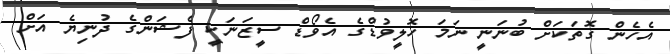
އެހެން ގޮތަކަށް ބުނަނީ ނަމަ ހޮލީވުޑްގެ އެވޯޑް ސީޒަނަކީ ފެޝަންގެ ދުނިޔެ އަށް